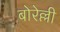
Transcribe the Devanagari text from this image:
बोरेल्ली